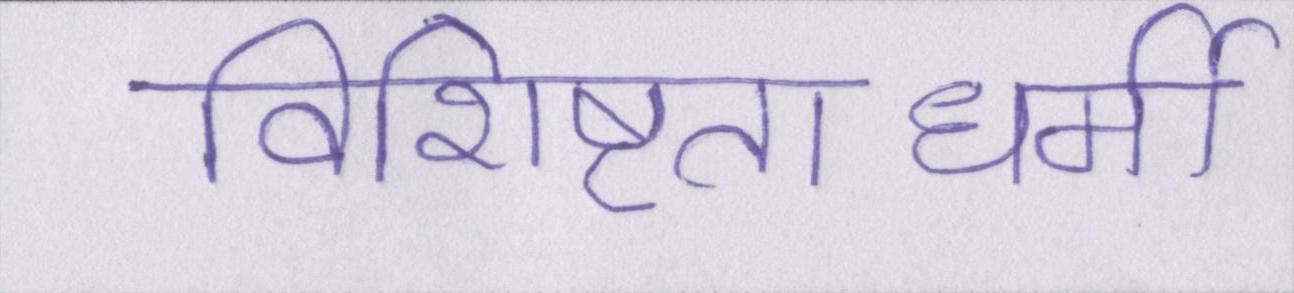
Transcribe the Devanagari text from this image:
विशिष्टताधर्मी